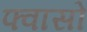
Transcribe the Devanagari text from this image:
फ्वासो